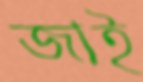
জাই